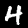
Digit: 4